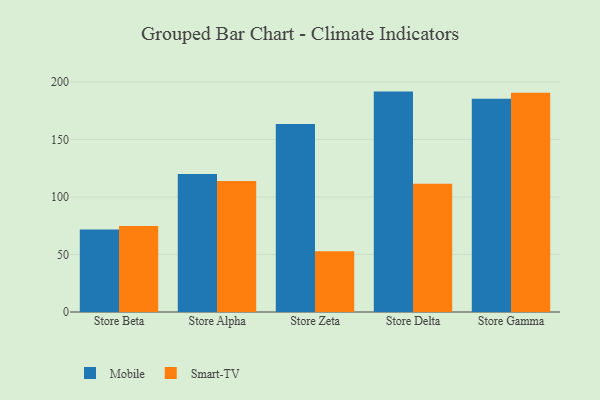
{"axis": {"x": "Store", "y": "Operating Costs (USD K)"}, "legend": ["Mobile", "Smart-TV"], "data": [{"x": "Store Beta", "y": 71.7, "type": "Mobile"}, {"x": "Store Beta", "y": 74.8, "type": "Smart-TV"}, {"x": "Store Alpha", "y": 120.0, "type": "Mobile"}, {"x": "Store Alpha", "y": 113.9, "type": "Smart-TV"}, {"x": "Store Zeta", "y": 163.4, "type": "Mobile"}, {"x": "Store Zeta", "y": 52.8, "type": "Smart-TV"}, {"x": "Store Delta", "y": 191.6, "type": "Mobile"}, {"x": "Store Delta", "y": 111.5, "type": "Smart-TV"}, {"x": "Store Gamma", "y": 185.4, "type": "Mobile"}, {"x": "Store Gamma", "y": 190.6, "type": "Smart-TV"}]}